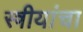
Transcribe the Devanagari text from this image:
स्त्रीयांचा